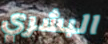
البشري